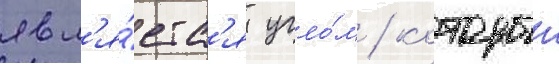
явл'я́етс'я угло́м / которыи